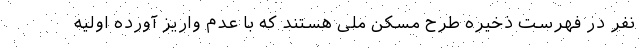
نفر در فهرست ذخیره طرح مسکن ملی هستند که با عدم واریز آورده اولیه